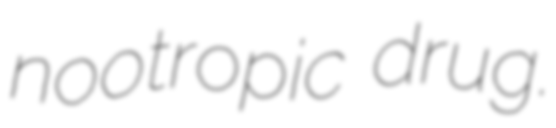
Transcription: nootropic drug.